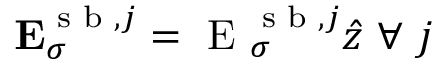
\mathbf { E } _ { \sigma } ^ { \textrm { s b } , j } = \textrm { E } _ { \sigma } ^ { \textrm { s b } , j } \hat { z } \ \forall \ j